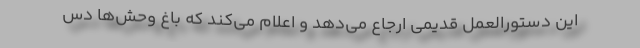
این دستورالعمل قدیمی ارجاع می‌دهد و اعلام می‌کند که باغ وحش‌ها دس